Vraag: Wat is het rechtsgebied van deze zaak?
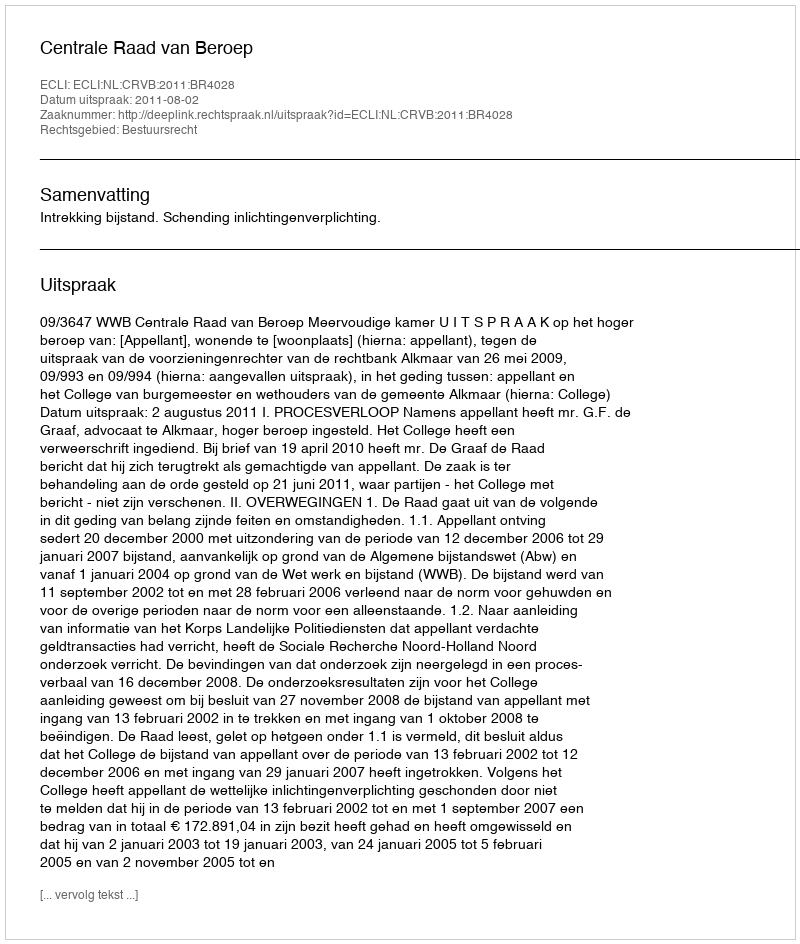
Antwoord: Bestuursrecht